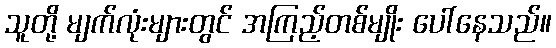
သူတို့ မျက်လုံးများတွင် အကြည့်တစ်မျိုး ပေါ်နေသည်။